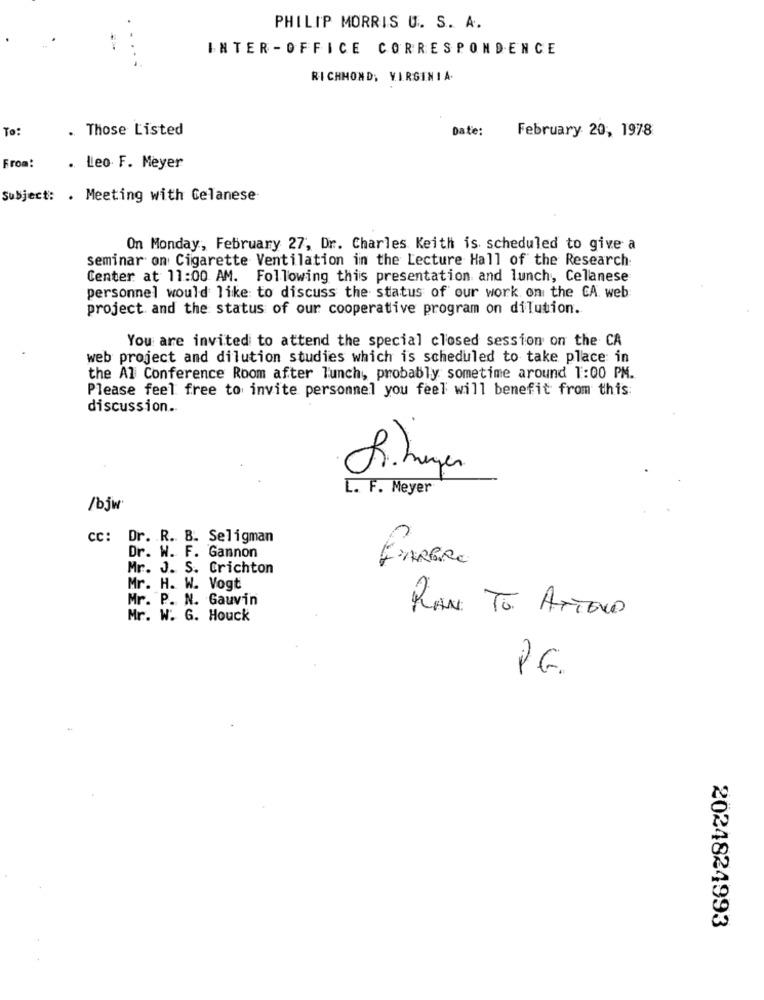
PHILIP MORRIS U. S. A.
INTER -OFFICE CORRESPONDENCE
RICHMOND, VIRGINIA.
To:
. Those Listed
Date:
February 20, 1978
From:
. Leo F. Meyer
Subject: . Meeting with Celanese
On Monday, February 27, Dr. Charles Keith is scheduled to give a
seminar on Cigarette Ventilation in the Lecture Hall of the Research:
Center at 11:00 AM. Following this presentation and lunch, Celanese
personnel would like to discuss the status of our work on the CA web
project and the status of our cooperative program on dilution.
You are invited to attend the special closed session on the CA
web project and dilution studies which is scheduled to take place in
the Al Conference Room after lunch, probably sometime around 1:00 PM.
Please feel free to invite personnel you feel will benefit from this:
discussion ..
R.hagen
L. F. Meyer
/bjw
cc: Dr. R. B. Seligman
Dr. W. F. Gannon
BARBRO
Mr. J. S. Crichton
Mr. H. W. Vogt
Mr. P. N. Gauvin
Mr. W. G. Houck
RAN TO ATTEND
PG.
2024824993